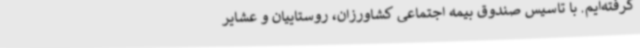
گرفته‌ایم. با تاسیس صندوق بیمه اجتماعی کشاورزان، روستاییان و عشایر